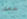
معك